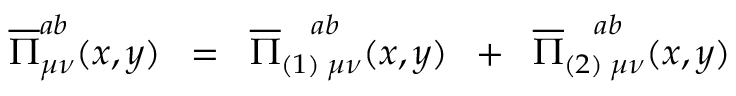
\overline { { { \Pi } } } _ { \mu \nu } ^ { a b } ( x , y ) \; \; = \; \; \overline { { { \Pi } } } _ { ( 1 ) \; \mu \nu } ^ { \; \; \; \; a b } ( x , y ) \; \; + \; \; \overline { { { \Pi } } } _ { ( 2 ) \; \mu \nu } ^ { \; \; \; \; a b } ( x , y )